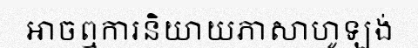
អាចឮការនិយាយភាសាហូឡង់